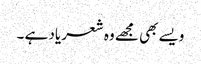
ویسے بھی مجھے وہ شعر یاد ہے ۔